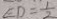
E D = \frac { 1 } { 2 }